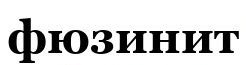
фюзинит